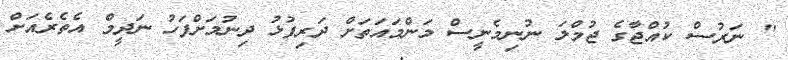
'' ނަރުސް ކުއްޖާގެ ޖުމްލަ ނުނިމެނީސް މަންމައަތަށް ދަރިފުޅު ދިނުމަށްފަހު ނަދީމް އެތެރެއަށް